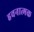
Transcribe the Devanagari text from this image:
हवनात्मक